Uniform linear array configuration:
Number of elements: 8
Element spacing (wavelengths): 1
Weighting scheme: hamming
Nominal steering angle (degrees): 30
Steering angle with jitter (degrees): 30.924
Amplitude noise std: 0.05
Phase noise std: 0.05

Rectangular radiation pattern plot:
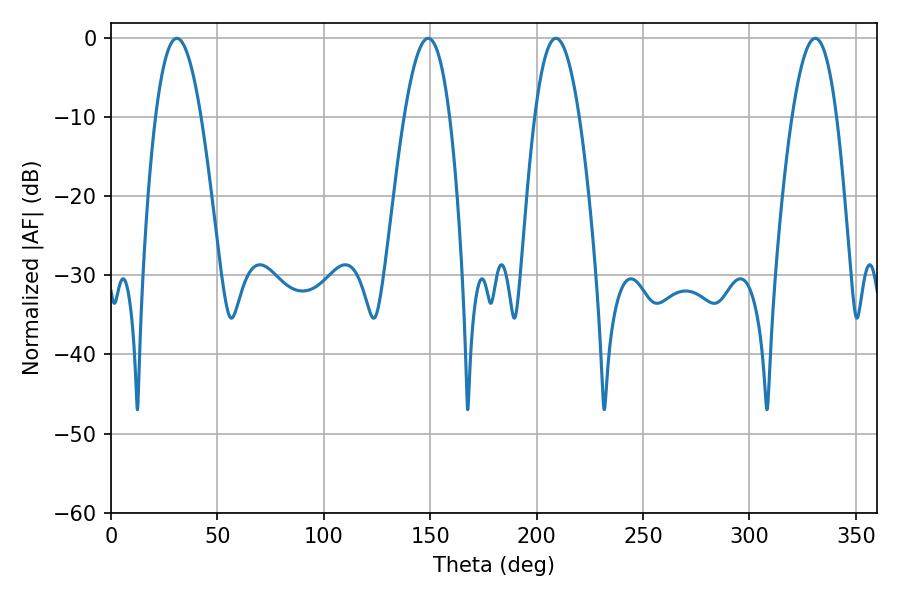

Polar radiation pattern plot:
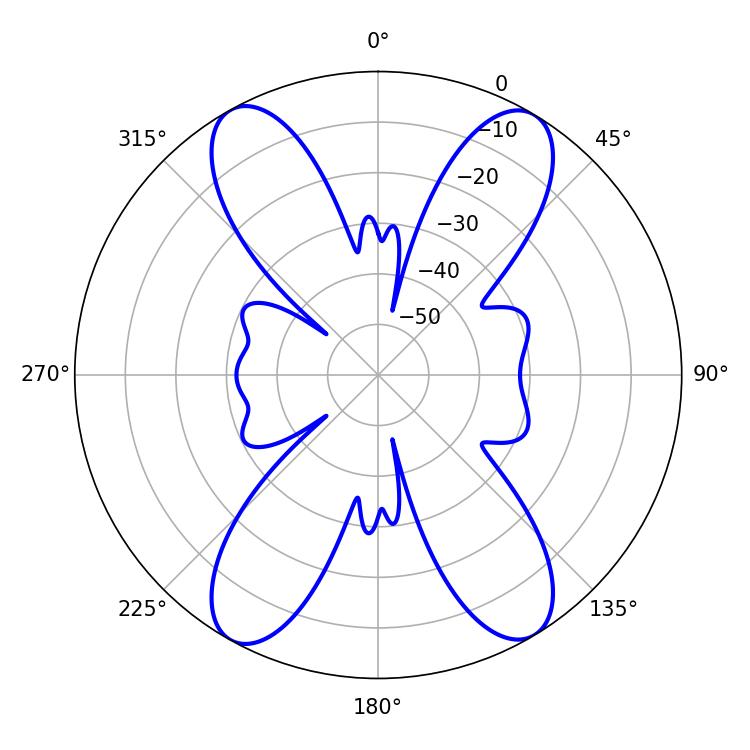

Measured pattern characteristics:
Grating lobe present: TRUE
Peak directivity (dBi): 20.477
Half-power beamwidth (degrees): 11.88
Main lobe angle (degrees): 30.96